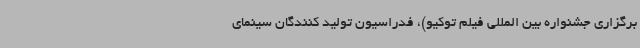
برگزاری جشنواره بین المللی فیلم توکیو)، فدراسیون تولید کنندگان سینمای